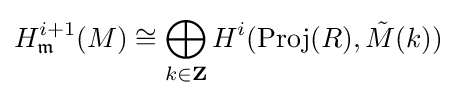
H_{\mathfrak {m}}^{i+1}(M)\cong \bigoplus _{k\in \mathbf {Z} }H^{i}({\text{Proj}}(R),{\tilde {M}}(k))